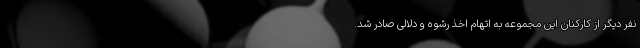
نفر دیگر از کارکنان این مجموعه به اتهام اخذ رشوه و دلالی صادر شد.